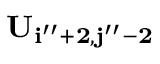
\bf { U } _ { i ^ { \prime \prime } + 2 , j ^ { \prime \prime } - 2 }